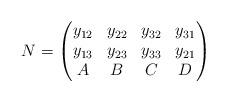
LaTeX: \begin{align*}N=\begin{pmatrix}y_{12} & y_{22} & y_{32} & y_{31} \\y_{13} & y_{23} & y_{33} & y_{21} \\A & B & C & D\end{pmatrix}\end{align*}